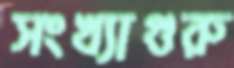
সংখ্যাগুরু